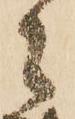
々